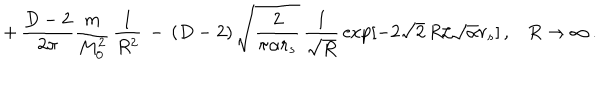
LaTeX: + \, \frac { D - 2 } { 2 \pi } \frac { m } { M _ { 0 } ^ { 2 } } \, \frac { 1 } { R ^ { 2 } } \, - \, ( D - 2 ) \, \sqrt { \frac { 2 } { \pi \alpha r _ { s } } } \, \frac { 1 } { \sqrt { R } } \, \exp [ - 2 \sqrt { 2 } \, R / \sqrt { \alpha } r _ { s } ] \, { , } \quad R \to \infty \, { . }